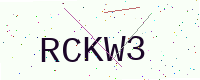
Text: RCKW3